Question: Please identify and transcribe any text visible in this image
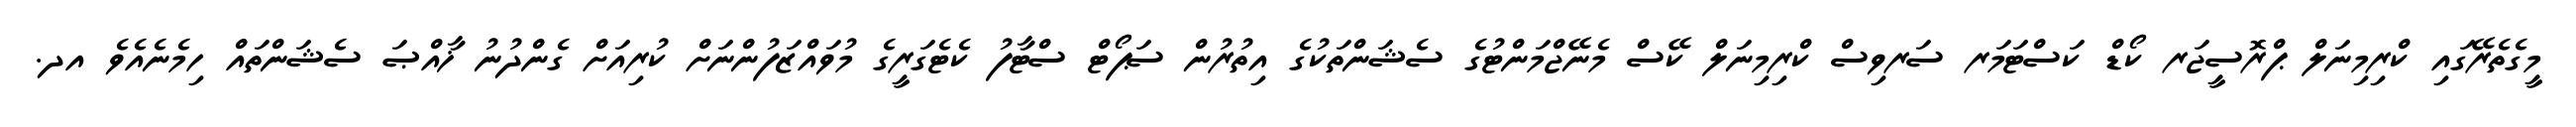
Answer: މީގެތެރޭގައި ކްރިމިނަލް ޕްރޮސީޖަރ ކޯޑް ކަސްޓަމަރ ސަރވިސް ކްރިމިނަލް ކޭސް މެނޭޖްމަންޓުގެ ސެޝަންތަކުގެ އިތުރުން ސަޕޯޓް ސްޓާފު ކެޓެގަރީގެ މުވައްޒަފުންނަށް ކުރިއަށް ގެންދުނު ޚާއްޞަ ސެޝަންތައް ހިމެނެއެވެ އދ.